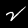
Label: 2